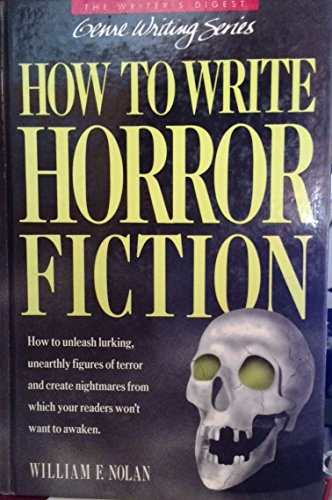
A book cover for How to Write Horror Fiction (Genre Writing Series); William Nolan; Science Fiction & Fantasy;